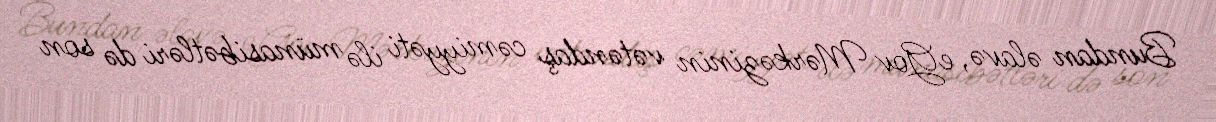
Bundan əlavə, eGov Mərkəzinin vətəndaş cəmiyyəti ilə münasibətləri də son